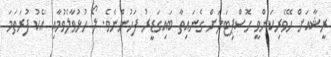
ރީޝާއަށް ހޭވެރިކަންވީ ހޮސްޕިޓަލަށް ގެނައިތާ ބައިގަޑީރު ފަހުންނެވެ. ލޯ ހުޅުވާލެވުމާއި އެކު ފުރަތަމަ